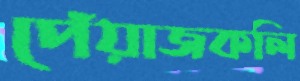
পেঁয়াজকলি